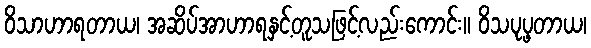
ဝိသာဟာရတာယ၊ အဆိပ်အာဟာရနှင့်တူသဖြင့်လည်းကောင်း။ ဝိသပုပ္ဖတာယ၊